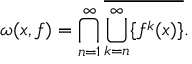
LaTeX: \omega ( x , f ) = \bigcap _ { n = 1 } ^ { \infty } { \overline { { \bigcup _ { k = n } ^ { \infty } \{ f ^ { k } ( x ) \} } } } .